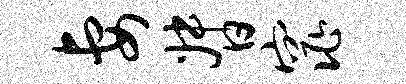
妻督窕